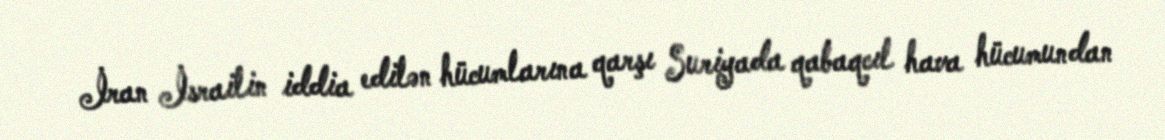
İran İsrailin iddia edilən hücumlarına qarşı Suriyada qabaqcıl hava hücumundan